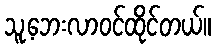
သူ့ဘေးလာဝင်ထိုင်တယ်။